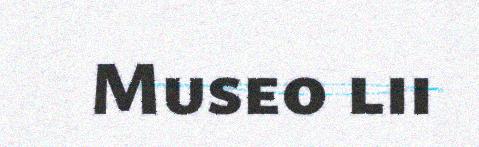
Museo lii